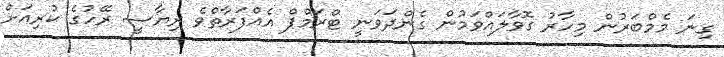
ގިނަ މެމްބަރުން މިހާރު ގޮވާލައްވަމުން ގެންދަވަނީ ޓްރަމްޕް އެއްފަރާތްވެ ރިޔާސީ ރޭހުގެ ކުރިއަށް